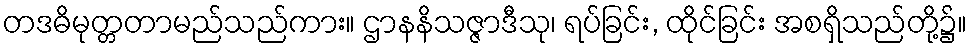
တဒဓိမုတ္တတာမည်သည်ကား။ ဌာနနိသဇ္ဇာဒီသု၊ ရပ်ခြင်း, ထိုင်ခြင်း အစရှိသည်တို့၌။